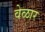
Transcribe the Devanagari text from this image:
वेळार